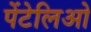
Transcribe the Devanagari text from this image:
पेंटेलिओ